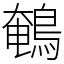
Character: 鵪